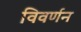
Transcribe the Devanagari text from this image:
विवर्णन